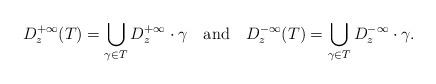
LaTeX: \begin{align*}D^{+\infty}_z(T) = \bigcup_{\gamma \in T} D_z^{+\infty} \cdot \gamma \mbox{\,\,\,\,\,\,and\,\,\,\,\,\,} D^{-\infty}_z(T) = \bigcup_{\gamma \in T} D_z^{-\infty} \cdot \gamma .\end{align*}